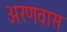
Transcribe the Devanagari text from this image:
अरणवास